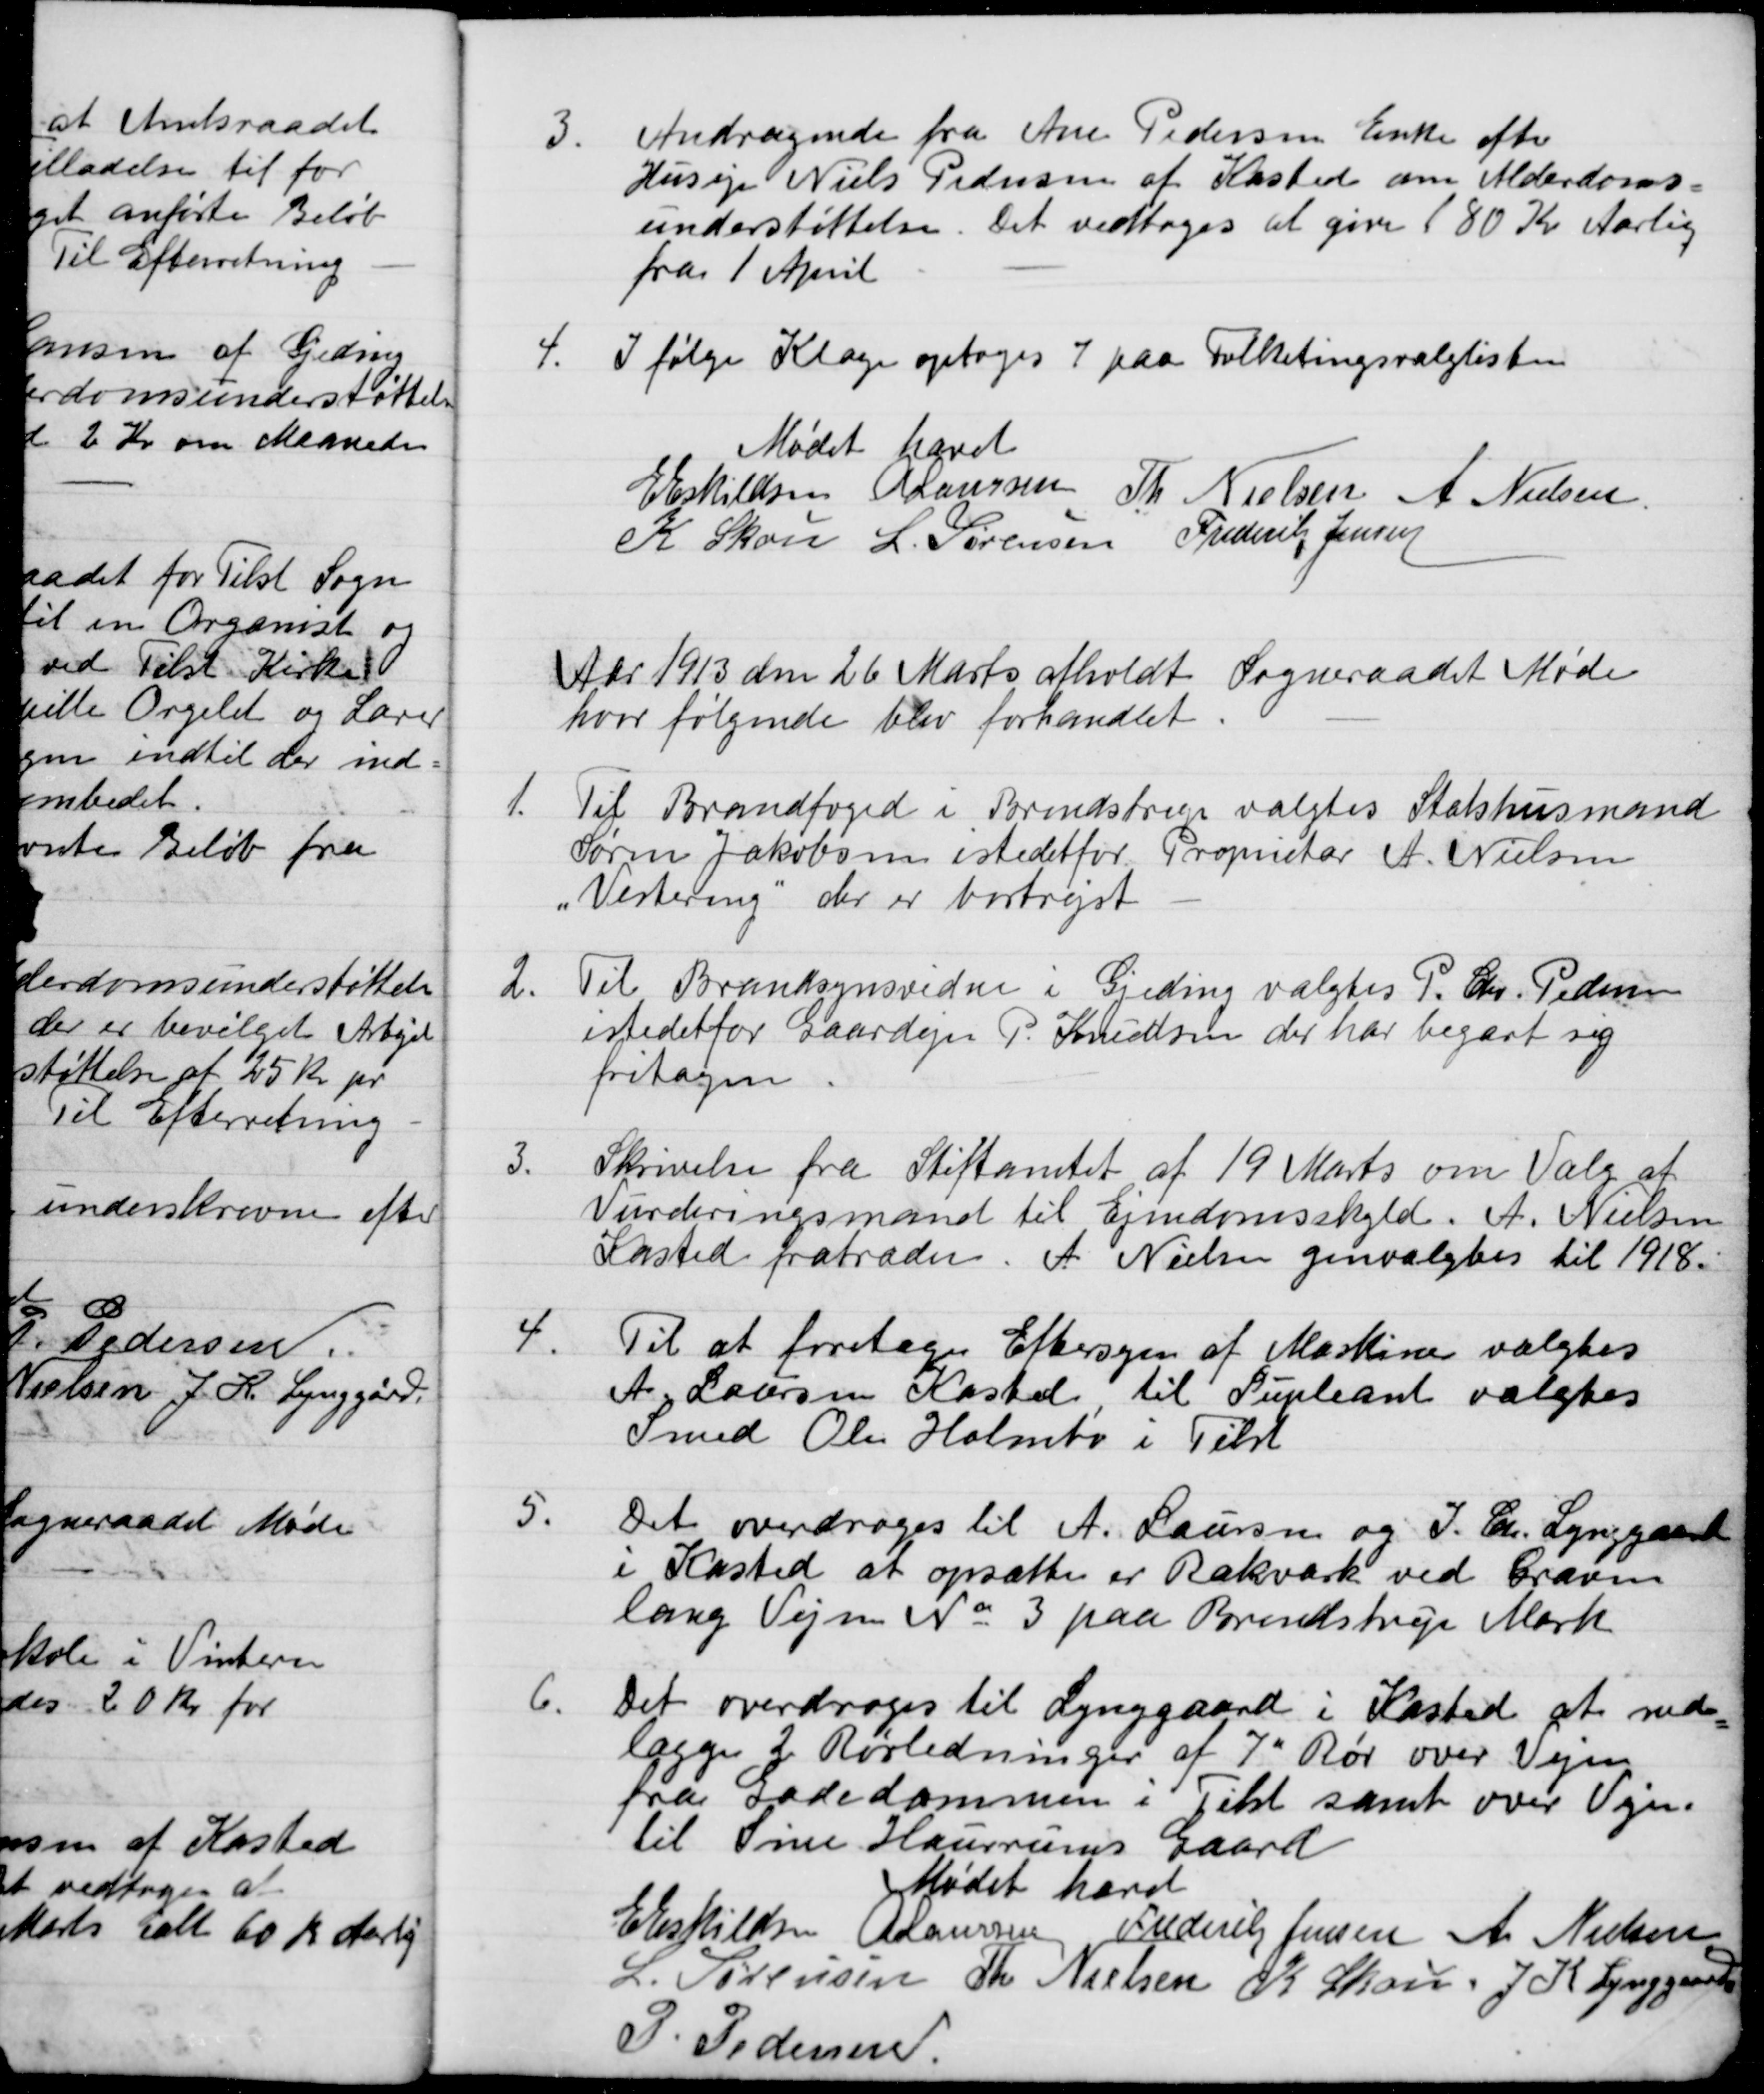
Transskription:
3.
Andragende fra Ane Pedersen Enke efter
Husejer Niels Pedersen af Kasted om Alderdoms
understøttelse
Det vedtoges at give 180 Kr Aarlig
fra 1 April
4.
I følge Klage optoges 7 paa Folketingsvalglisten
Mødet hævet
E Eskildsen
A Laursen
Th. Nielsen
A Nielsen
K. Skou
L. Sørensen
Frederik Jensen
Aar 1913 den 26 Marts afholdt Sogneraadet Møde
hvor følgende blev forhandlet
1.
Til Brandfoged i Brendstrup valgtes Statshusmand
Søren Jakobsen istedetfor Proprietær A. Nielsen
„Vestereng", der er bortrejst
2.
Til Brandsynsvidne i Gjeding valgtes P. Chr. Pedersen
istedetfor Gaardejer P. Knudsen der har begært sig
fritagen
3.
Skrivelse fra Stiftamtet af 19 Marts om Valg af
Vurderingsmand til Ejendomsskyld. A. Nielsen
Kasted fratræder. A. Nielsen genvalgtes til 1918.
4.
Til at foretage Eftersyn af Maskine valgtes
A. Laursen Kasted til Supleant valgtes
Smed Ole Holmbo i Tilst
5.
Det overdroges til A. Laursen og J. Chr. Lynggaard
i Kasted at opsætte er Rækværk ved Graven
lang Vejen No 3 paa Brendstrup Mark
6.
Det overdroges til Lynggaard i Kasted at ned-
lægges 2. Rørledninger af 7' Rør over Vejen
fra Gadedammen i Tilst samt over Vejen.
til Sine Hausrums Gaard
Mødet hævet
E Eskilden
A Laursen
Frederik Jensen
A. Nielsen
L. Sørensen
Th. Nielsen
K Skou,
J. K. Lynggaard
P. Pedersen